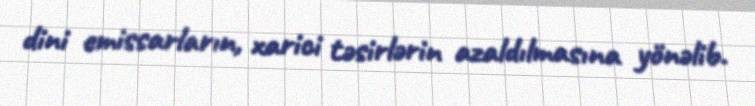
dini emissarların, xarici təsirlərin azaldılmasına yönəlib.